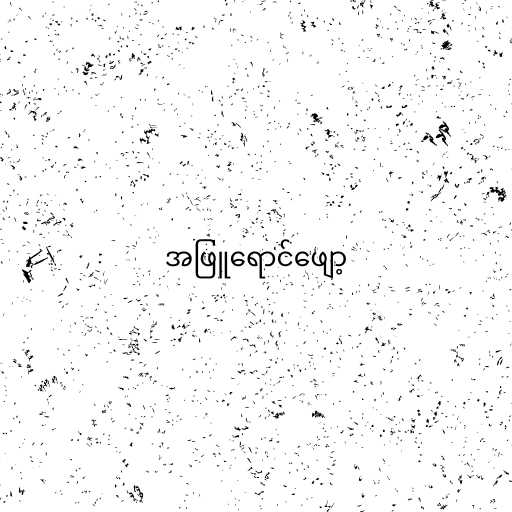
အဖြူရောင်ဖျော့